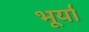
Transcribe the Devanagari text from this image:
भूर्या